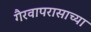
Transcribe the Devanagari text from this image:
गैरवापरासाच्या